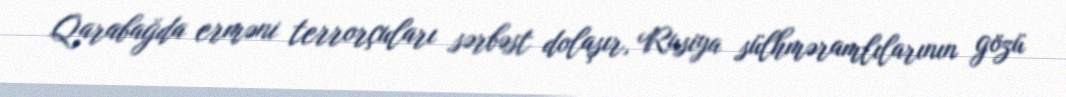
Qarabağda erməni terrorçuları sərbəst dolaşır, Rusiya sülhməramlılarının gözü